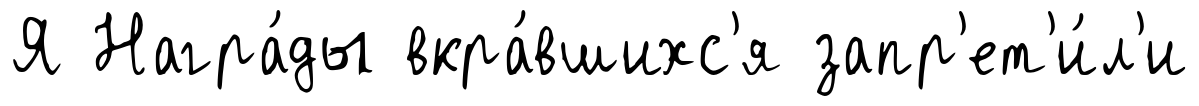
Я Награ́ды вкра́вшихс'я запр'ет'и́л'и